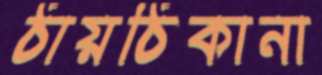
ঠায়ঠিকানা